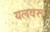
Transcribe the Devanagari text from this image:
यलवरू